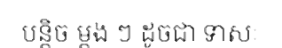
បន្តិច ម្តង ៗ ដូចជា ទាសៈ